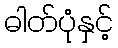
ဓါတ်ပုံနှင့်